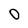
Character: O